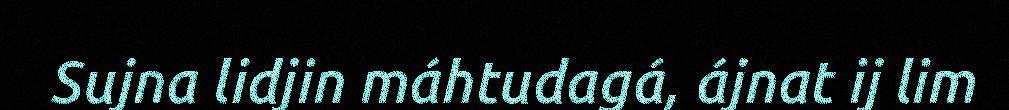
Sujna lidjin máhtudagá, ájnat ij lim